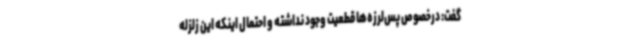
گفت: درخصوص پس‌لرزه‌ها قطعیت وجود نداشته و احتمال اینکه این زلزله